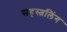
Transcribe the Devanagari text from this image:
सहस्त्रलिंग